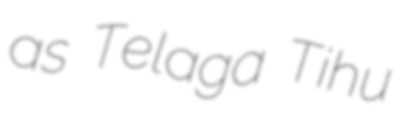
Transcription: as Telaga Tihu